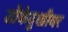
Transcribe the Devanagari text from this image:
डोकेदुखीवर